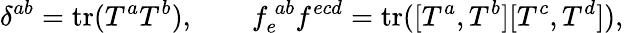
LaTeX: \delta^{ab}=\mathrm{tr}(T^{a}T^{b}),\qquad f_{e}^{\ ab}f^{ecd}=\mathrm{tr}([T^{a},T^{b}][T^{c},T^{d}]),